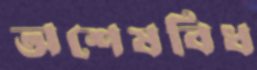
অশেষবিধ